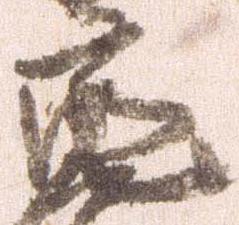
亮